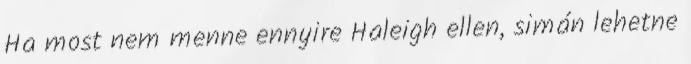
Ha most nem menne ennyire Haleigh ellen, simán lehetne